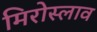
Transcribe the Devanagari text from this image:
मिरोस्लाव